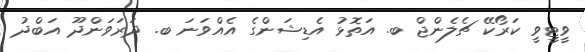
ވީޓީވީ ކަރޯކޭ ޗެލެންޖް ބ. އަތޮޅު އެޑިޝަންގެ އެއްވަނަ ބ. ދަރަވަންދޫ އަބްދު